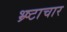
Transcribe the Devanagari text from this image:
भ्र्ष्टाचार